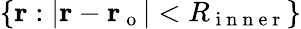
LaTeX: \{ \mathbf{r}:|\mathbf{r}-\mathbf{r_{\mathrm{~o~}}}|<R_{\mathrm{~i~n~n~e~r~}}\}